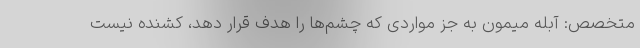
متخصص: آبله میمون به جز مواردی که چشم‌ها را هدف قرار دهد،‌ کشنده نیست